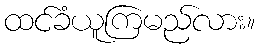
ထင်ခံယူကြမည်လား။